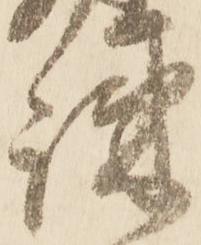
疎